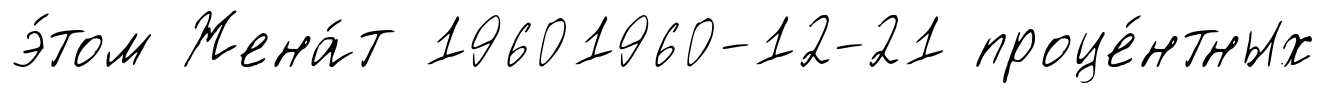
э́том Жена́т 19601960-12-21 проце́нтных